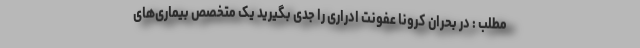
مطلب : در بحران کرونا عفونت ادراری را جدی بگیرید یک متخصص بیماری‌های